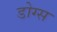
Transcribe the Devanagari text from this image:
डोग्स